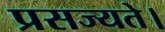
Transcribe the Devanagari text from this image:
प्रसज्यते।